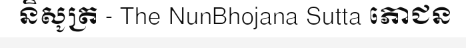
និសូត្រ - The NunBhojana Sutta ភោជន